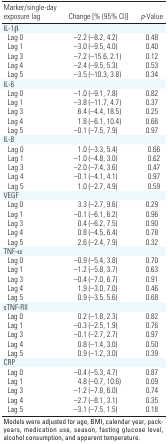
<table><thead><tr><td><b>Marker/single-day exposure lag</b></td><td><b>Change [% (95% CI)]</b></td><td><b>p-Value</b></td></tr></thead><tbody><tr><td>IL-1β</td><td></td><td></td><td></td><td></td></tr><tr><td>Lag 0</td><td></td><td>–2.2 (–8.2, 4.2)</td><td></td><td>0.48</td></tr><tr><td>Lag 1</td><td></td><td>–3.0 (–9.5, 4.0)</td><td></td><td>0.40</td></tr><tr><td>Lag 3</td><td></td><td>–7.2 (–15.6, 2.1)</td><td></td><td>0.12</td></tr><tr><td>Lag 4</td><td></td><td>–2.4 (–9.5, 5.3)</td><td></td><td>0.53</td></tr><tr><td>Lag 5</td><td></td><td>–3.5 (–10.3, 3.8)</td><td></td><td>0.34</td></tr><tr><td>IL-6</td><td></td><td></td><td></td><td></td></tr><tr><td>Lag 0</td><td></td><td>–1.0 (–9.1, 7.8)</td><td></td><td>0.82</td></tr><tr><td>Lag 1</td><td></td><td>–3.8 (–11.7, 4.7)</td><td></td><td>0.37</td></tr><tr><td>Lag 3</td><td></td><td>6.4 (–4.4, 18.5)</td><td></td><td>0.25</td></tr><tr><td>Lag 4</td><td></td><td>1.8 (–6.1, 10.4)</td><td></td><td>0.66</td></tr><tr><td>Lag 5</td><td></td><td>–0.1 (–7.5, 7.9)</td><td></td><td>0.97</td></tr><tr><td>IL-8</td><td></td><td></td><td></td><td></td></tr><tr><td>Lag 0</td><td></td><td>1.0 (–3.3, 5.4)</td><td></td><td>0.66</td></tr><tr><td>Lag 1</td><td></td><td>–1.0 (–4.8, 3.0)</td><td></td><td>0.62</td></tr><tr><td>Lag 3</td><td></td><td>–2.0 (–7.4, 3.6)</td><td></td><td>0.47</td></tr><tr><td>Lag 4</td><td></td><td>–0.1 (–4.1, 4.1)</td><td></td><td>0.97</td></tr><tr><td>Lag 5</td><td></td><td>1.0 (–2.7, 4.9)</td><td></td><td>0.59</td></tr><tr><td>VEGF</td><td></td><td></td><td></td><td></td></tr><tr><td>Lag 0</td><td></td><td>3.3 (–2.7, 9.6)</td><td></td><td>0.29</td></tr><tr><td>Lag 1</td><td></td><td>–0.1 (–6.1, 6.2)</td><td></td><td>0.96</td></tr><tr><td>Lag 3</td><td></td><td>0.4 (–6.2, 7.5)</td><td></td><td>0.90</td></tr><tr><td>Lag 4</td><td></td><td>0.8 (–4.5, 6.4)</td><td></td><td>0.78</td></tr><tr><td>Lag 5</td><td></td><td>2.6 (–2.4, 7.9)</td><td></td><td>0.32</td></tr><tr><td>TNF-α</td><td></td><td></td><td></td><td></td></tr><tr><td>Lag 0</td><td></td><td>–0.9 (–5.4, 3.8)</td><td></td><td>0.70</td></tr><tr><td>Lag 1</td><td></td><td>–1.2 (–5.8, 3.7)</td><td></td><td>0.63</td></tr><tr><td>Lag 3</td><td></td><td>–0.4 (–7.0, 6.7)</td><td></td><td>0.91</td></tr><tr><td>Lag 4</td><td></td><td>1.9 (–3.0, 7.0)</td><td></td><td>0.46</td></tr><tr><td>Lag 5</td><td></td><td>0.9 (–3.5, 5.6)</td><td></td><td>0.68</td></tr><tr><td>sTNF-RII</td><td></td><td></td><td></td><td></td></tr><tr><td>Lag 0</td><td></td><td>0.2 (–1.8, 2.3)</td><td></td><td>0.82</td></tr><tr><td>Lag 1</td><td></td><td>–0.3 (–2.5, 1.9)</td><td></td><td>0.76</td></tr><tr><td>Lag 3</td><td></td><td>–0.1 (–2.7, 2.7)</td><td></td><td>0.97</td></tr><tr><td>Lag 4</td><td></td><td>0.8 (–1.4, 3.0)</td><td></td><td>0.50</td></tr><tr><td>Lag 5</td><td></td><td>0.9 (–1.2, 3.0)</td><td></td><td>0.39</td></tr><tr><td>CRP</td><td></td><td></td><td></td><td></td></tr><tr><td>Lag 0</td><td></td><td>–0.4 (–5.3, 4.7)</td><td></td><td>0.87</td></tr><tr><td>Lag 1</td><td></td><td>4.8 (–0.7, 10.6)</td><td></td><td>0.09</td></tr><tr><td>Lag 3</td><td></td><td>–1.2 (–7.8, 6.0)</td><td></td><td>0.74</td></tr><tr><td>Lag 4</td><td></td><td>–2.7 (–8.1, 3.1)</td><td></td><td>0.35</td></tr><tr><td>Lag 5</td><td></td><td>–3.1 (–7.5, 1.5)</td><td></td><td>0.18</td></tr><tr><td colspan="5">Models were adjusted for age, BMI, calendar year,pack-years, medication use, season, fasting glucose level, alcoholconsumption, and apparent temperature.</td></tr></tbody></table>